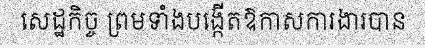
សេដ្ឋកិច្ច ព្រមទាំងបង្កើតឱកាសការងារបាន